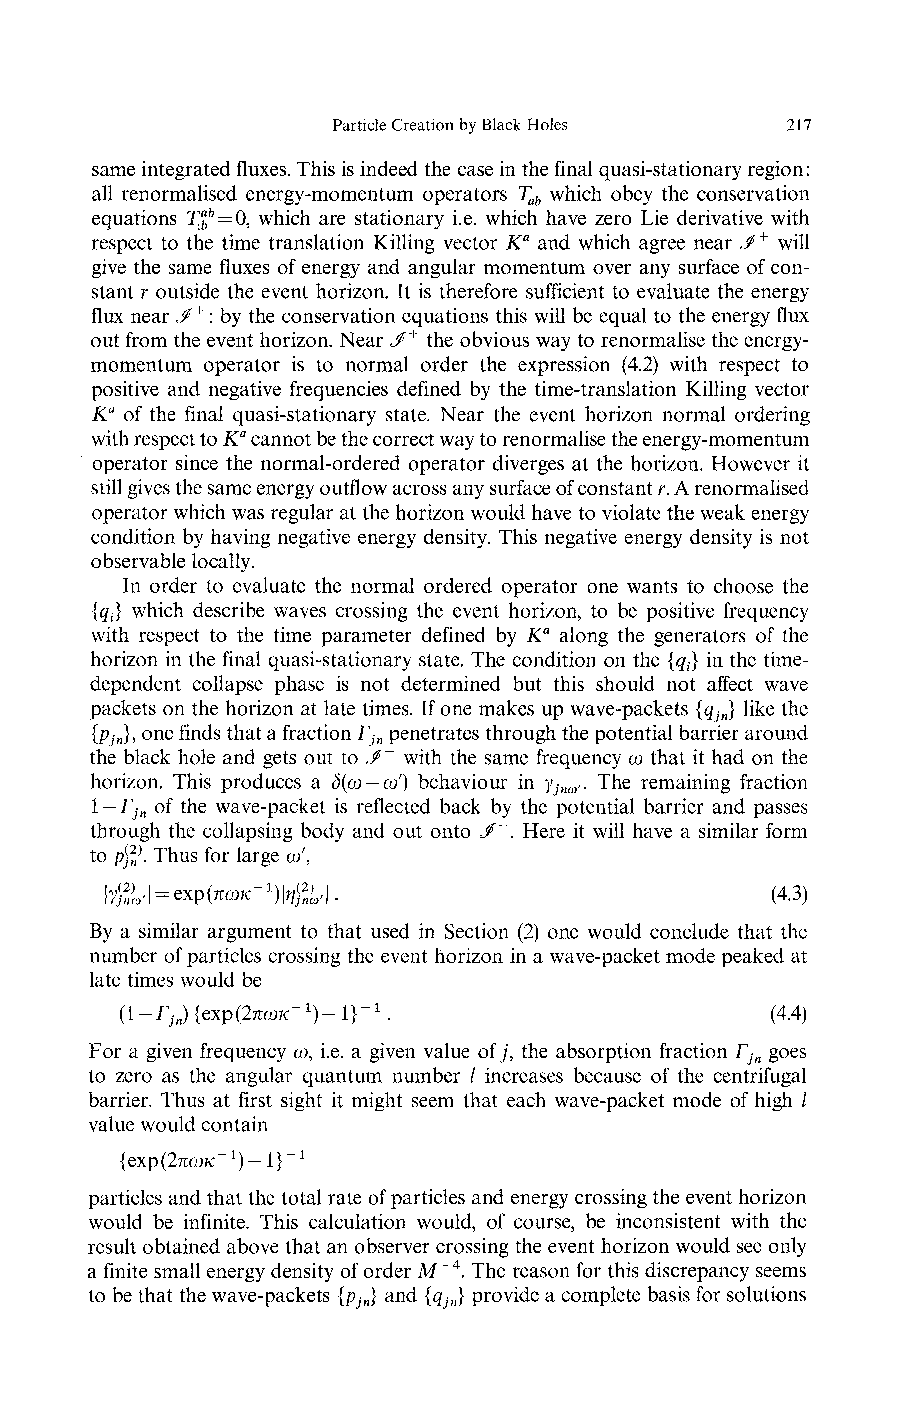
Particle Creation by Black Holes 217
 same integrated fluxes. This is indeed the case in the final quasi-stationary region:
 all renormalised energy-momentum operators T which obey the conservation
 ab
 equations 7^ = 0, which are stationary i.e. which have zero Lie derivative with
 respect to the time translation Killing vector Ka and which agree near </+ will
 give the same fluxes of energy and angular momentum over any surface of con-
 stant r outside the event horizon. It is therefore sufficient to evaluate the energy
 flux near ^+: by the conservation equations this will be equal to the energy flux
 out from the event horizon. Near </+ the obvious way to renormalise the energy-
 momentum operator is to normal order the expression (4.2) with respect to
 positive and negative frequencies defined by the time-translation Killing vector
 Ka of the final quasi-stationary state. Near the event horizon normal ordering
 with respect to Ka cannot be the correct way to renormalise the energy-momentum
 operator since the normal-ordered operator diverges at the horizon. However it
 still gives the same energy outflow across any surface of constant r. A renormalised
 operator which was regular at the horizon would have to violate the weak energy
 condition by having negative energy density. This negative energy density is not
 observable locally.
 In order to evaluate the normal ordered operator one wants to choose the
 {gj which describe waves crossing the event horizon, to be positive frequency
 with respect to the time parameter defined by Ka along the generators of the
 horizon in the final quasi-stationary state. The condition on the {q} in the time-
 t
 dependent collapse phase is not determined but this should not affect wave
 packets on the horizon at late times. If one makes up wave-packets {q } like the
 jn
 [pj}> one finds that a fraction Γ penetrates through the potential barrier around
 n                jn
 the black hole and gets out to J>~ with the same frequency ω that it had on the
 horizon. This produces a δ(ω-ω') behaviour in γ ,. The remaining fraction
 jnω
 l — Γ of the wave-packet is reflected back by the potential barrier and passes
 jn
 through the collapsing body and out onto J~. Here it will have a similar form
 to pff. Thus for large ω',
 l&Ήexpίπωic-1)^!.                          (4.3)
 By a similar argument to that used in Section (2) one would conclude that the
 number of particles crossing the event horizon in a wave-packet mode peaked at
 late times would be
 (l-Γ.J{exp(2πωκ-1)-l}-1.                  (4.4)
 J
 For a given frequency ω, i.e. a given value of j, the absorption fraction Γ goes
 jn
 to zero as the angular quantum number / increases because of the centrifugal
 barrier. Thus at first sight it might seem that each wave-packet mode of high /
 value would contain
 {exp(2πωκ:~1)— I}"1
 particles and that the total rate of particles and energy crossing the event horizon
 would be infinite. This calculation would, of course, be inconsistent with the
 result obtained above that an observer crossing the event horizon would see only
 a finite small energy density of order M~4. The reason for this discrepancy seems
 to be that the wave-packets {p } and {q } provide a complete basis for solutions
 jn    jn